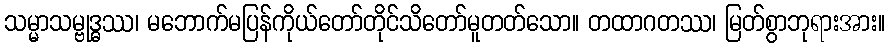
သမ္မာသမ္ဗုဒ္ဓဿ၊ မဘောက်မပြန်ကိုယ်တော်တိုင်သိတော်မူတတ်သော။ တထာဂတဿ၊ မြတ်စွာဘုရားအား။